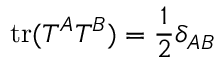
\mathrm { t r } ( T ^ { A } T ^ { B } ) = { \frac { 1 } { 2 } } \delta _ { A B }